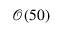
\mathcal { O } ( 5 0 )